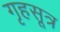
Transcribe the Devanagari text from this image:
गृहसूत्र